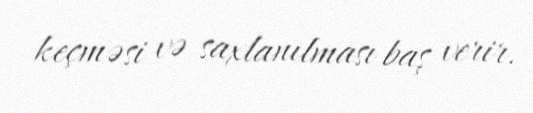
keçməsi və saxlanılması baş verir.